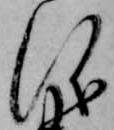
儀